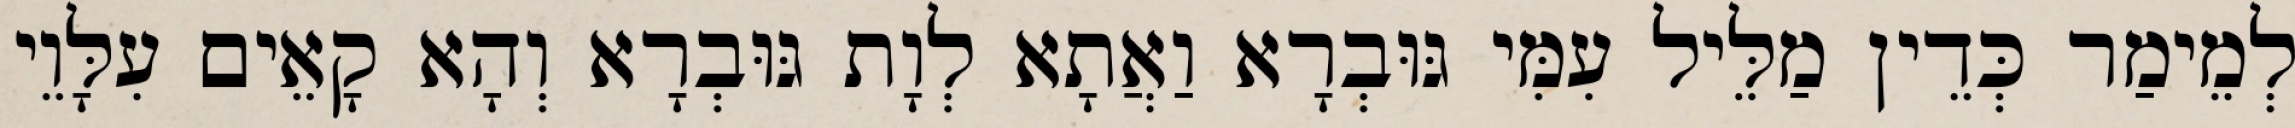
לְמֵימַר כְּדֵין מַלֵּיל עִמִּי גּוּבְרָא וַאֲתָא לְוָת גּוּבְרָא וְהָא קָאֵים עִלָּוֵי